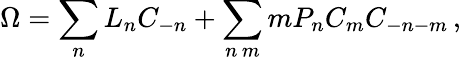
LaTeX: \Omega=\sum_{n}L_{n}C_{-n}+\sum_{n\, m}mP_{n}C_{m}C_{-n-m}\, ,